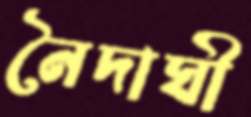
নৈদাঘী